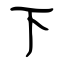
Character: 下